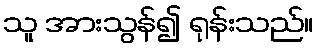
သူ အားသွန်၍ ရုန်းသည်။